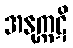
အနုက္ကဋိ